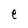
Character: e